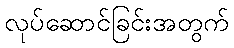
လုပ်ဆောင်ခြင်းအတွက်